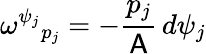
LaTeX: \omega^{\psi_{j}}{}_{p_{j}}=-\frac{p_{j}}{\mathsf{A}}\, d\psi_{j}